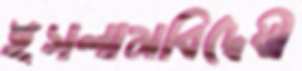
ইসলামবিদ্বেষী